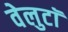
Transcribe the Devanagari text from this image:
वेलुटाॅ